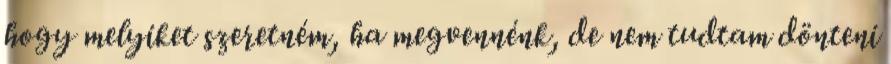
hogy melyiket szeretném, ha megvennénk, de nem tudtam dönteni